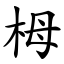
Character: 栂